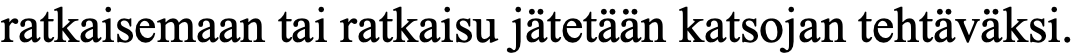
ratkaisemaan tai ratkaisu jätetään katsojan tehtäväksi.